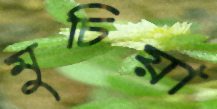
মুচিয়া